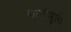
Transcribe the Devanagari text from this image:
मतांमुळे